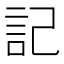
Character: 記